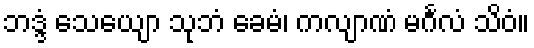
ဘဒ္ဒံ သေယျော သုဘံ ခေမံ၊ ကလျာဏံ မင်္ဂလံ သိဝံ။